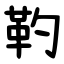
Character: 靮